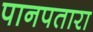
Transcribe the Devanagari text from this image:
पानपतारा